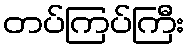
တပ်ကြပ်ကြီး